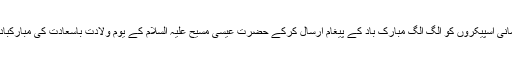
اسلامی جمہوریہ ایران کی پارلیمنٹ کے اسپیکر ڈاکٹر علی لاریجانی نے بھی دنیا ملکوں کے پارلیمانی اسپیکروں کو الگ الگ مبارک باد کے پیغام ارسال کرکے حضرت عیسی مسیح علیہ السلام کے یوم ولادت باسعادت کی مبارکباد پیش کی اور اس امیدکا اظہار کیا کہ نیا سال پوری انسانیت کے لئے امن و آشتی کا سال ثابت ہوگا۔